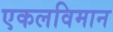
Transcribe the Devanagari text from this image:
एकलविमान